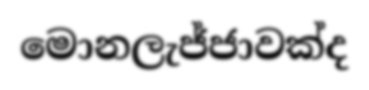
මොනලැජ්ජාවක්ද